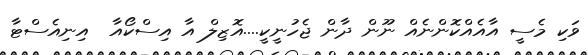
ވަކި މެސީ އާއެއްކޮންނެއް ނޫން ދާން ޖެހުނީކީ....އޮޒިލް އާ އިސްކޯއާ  އިނިއެސްޓާ